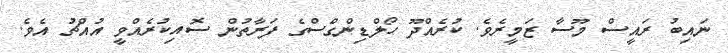
ނައިބު ރައީސް މޫސާ ޒަމީރެވެ. ކުރެއްދޫ ހޯލްޑިންގްސްގެ ފަރާތުން ސޮއިކުރެއްވީ އުއްޗު އެވެ.